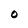
Character: O